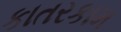
કાતરકામ